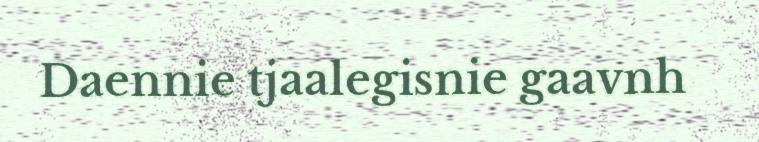
Daennie tjaalegisnie gaavnh